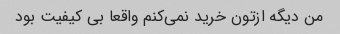
من دیگه ازتون خرید نمی‌کنم واقعا بی کیفیت بود